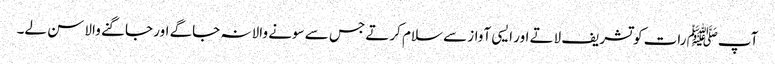
آپﷺ رات کو تشریف لاتے اور ایسی آواز سے سلام کرتے جس سے سونے والا نہ جاگے اور جاگنے والا سن لے۔